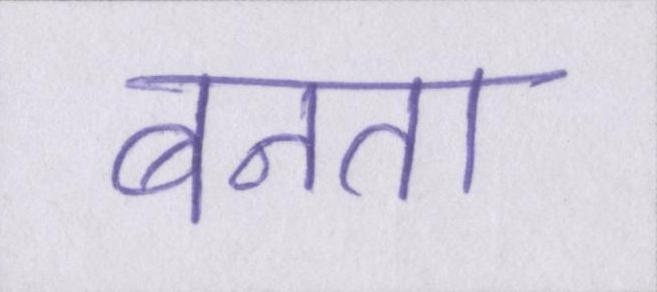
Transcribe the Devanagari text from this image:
बनता